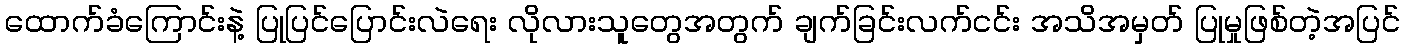
ထောက်ခံကြောင်းနဲ့ ပြုပြင်ပြောင်းလဲရေး လိုလားသူတွေအတွက် ချက်ခြင်းလက်ငင်း အသိအမှတ် ပြုမှုဖြစ်တဲ့အပြင်